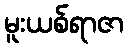
မူးယစ်ရာဇာ